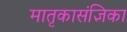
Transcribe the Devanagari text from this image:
मातृकासंज्ञिका